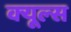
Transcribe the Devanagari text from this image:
क्‍यूल्‍स